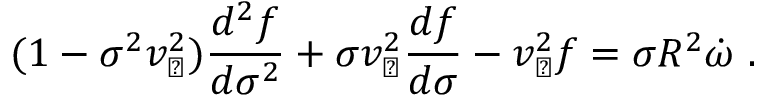
( 1 - \sigma ^ { 2 } v _ { \perp } ^ { 2 } ) { \frac { d ^ { 2 } f } { d \sigma ^ { 2 } } } + \sigma v _ { \perp } ^ { 2 } { \frac { d f } { d \sigma } } - v _ { \perp } ^ { 2 } f = \sigma R ^ { 2 } \dot { \omega } \ .